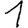
Digit: 1